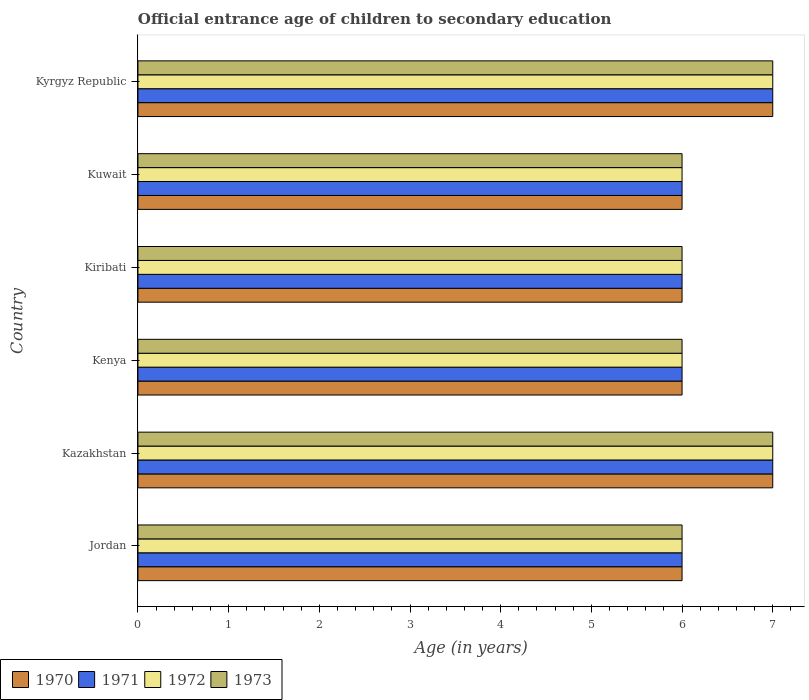
| Country | 1970 | 1971 | 1972 | 1973 |
 | --- | --- | --- | --- | --- |
 | Jordan | 6 | 6 | 6 | 6 |
 | Kazakhstan | 7 | 7 | 7 | 7 |
 | Kenya | 6 | 6 | 6 | 6 |
 | Kiribati | 6 | 6 | 6 | 6 |
 | Kuwait | 6 | 6 | 6 | 6 |
 | Kyrgyz Republic | 7 | 7 | 7 | 7 |